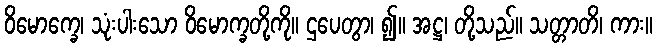
ဝိမောက္ခေ၊ သုံးပါးသော ဝိမောက္ခတို့ကို။ ဌပေတွာ၊ ၍။ အဋ္ဌ၊ တို့သည်။ သတ္တာတိ၊ ကား။